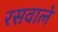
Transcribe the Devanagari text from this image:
रसवाले